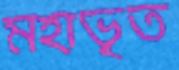
মহাভূত